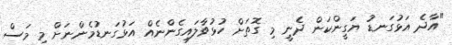
"އާދެ އަޅުގަނޑު ޔަގީންކަން ދެނީ މި ގޮތަށް ހުޅުވާލައިގެންނެއް އަޅުގަނޑުމެންނަށް މި މަސް